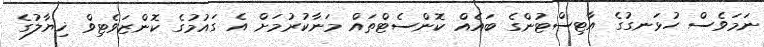
ނަމަވެސް ހުޅަނގުގެ އާޓިސްޓުންގެ ބައެއް ކޮންސެޓްތައް މަނާކުރުމަށް އެ ގައުމުގެ ކޮންޒަވެޓިވް ޚިޔާލުގެ